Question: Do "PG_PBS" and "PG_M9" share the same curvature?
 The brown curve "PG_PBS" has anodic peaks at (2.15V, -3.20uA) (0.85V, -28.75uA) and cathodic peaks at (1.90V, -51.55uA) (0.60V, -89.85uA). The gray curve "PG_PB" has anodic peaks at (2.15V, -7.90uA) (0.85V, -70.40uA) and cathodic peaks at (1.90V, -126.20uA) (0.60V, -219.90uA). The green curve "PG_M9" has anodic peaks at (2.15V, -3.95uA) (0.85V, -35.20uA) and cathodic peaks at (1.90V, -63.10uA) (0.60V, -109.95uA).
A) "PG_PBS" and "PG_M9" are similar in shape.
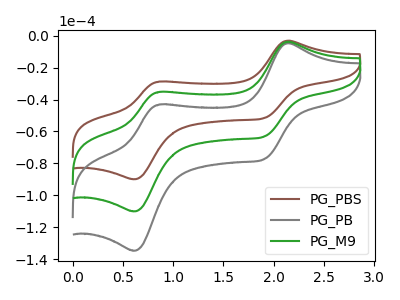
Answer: <think>All the peaks in "PG_PBS" have a peak in "PG_M9" at the same potential.
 </think>
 <answer>A) "PG_PBS" and "PG_M9" are similar in shape.</answer>
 <eval>A</eval>